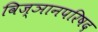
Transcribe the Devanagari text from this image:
विज्ञानपरिषद